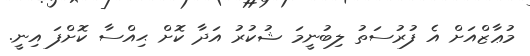
މުޢާޒްއަށް އެ ފުރުސަތު ލިބުނީމަ ޝުކުރު އަދާ ކޮށް ޙިއްސާ ކޮށްފަ އިނީ.